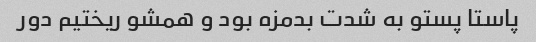
پاستا پستو به شدت بدمزه بود و همشو ریختیم دور